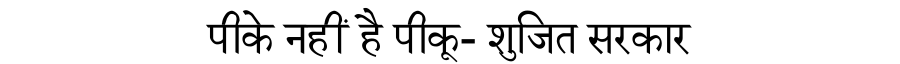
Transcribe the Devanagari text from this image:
पीके नहीं है पीकू- शुजित सरकार